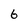
Character: 6